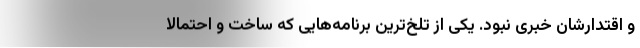
و اقتدارشان خبری نبود. یکی از تلخ‌ترین برنامه‌هایی که ساخت و احتمالاً